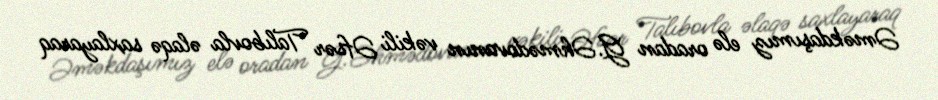
Əməkdaşımız elə oradan G.Əhmədovanın vəkili Əfsər Talıbovla əlaqə saxlayaraq